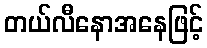
တယ်လီနောအနေဖြင့်